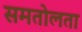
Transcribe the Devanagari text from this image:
समतोलता